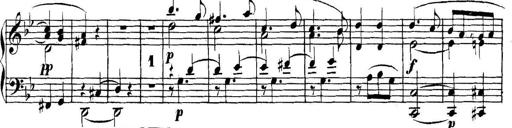
Title: Collected Piano Sonatas
Composer: Muzio Clementi